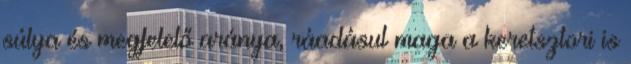
súlya és megfelelő aránya, ráadásul maga a keretsztori is